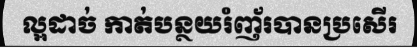
ល្អដាច់ កាត់បន្ថយរំញ័របានប្រសើរ